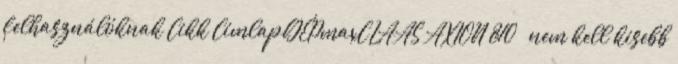
felhasználóknak Cikk CímlapGÉPmaxCLAAS AXION 810 – nem kell kisebb